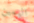
اليمين